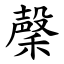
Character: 䅽